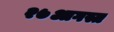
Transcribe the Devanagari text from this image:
२७आगस्त